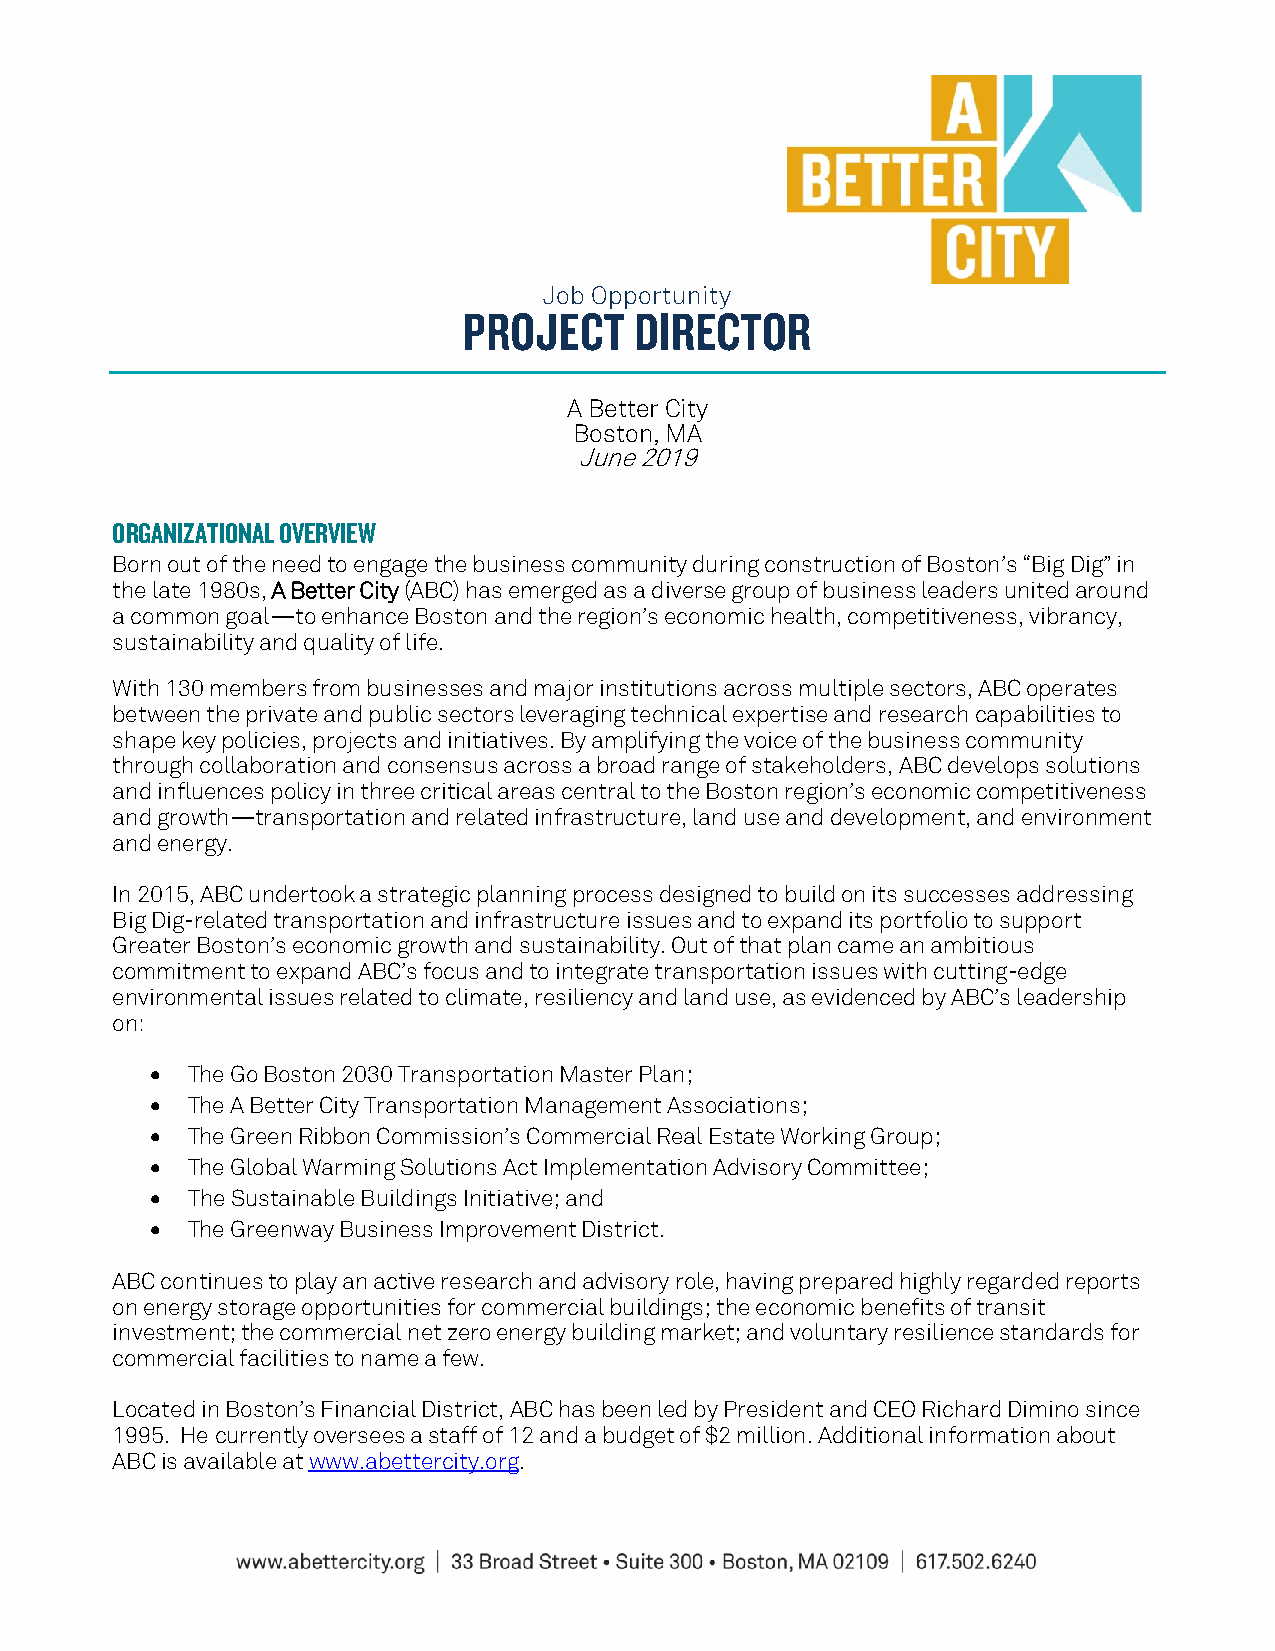
Job Opportunity
 PROJECT    DIRECTOR
 A Better City
 Boston, MA
 June 2019
 ORGANIZATIONAL OVERVIEW
 Born out of the need to engage the business community during construction of Boston’s “Big Dig” in
 the late 1980s, A Better City (ABC) has emerged as a diverse group of business leaders united around
 a common goal—to enhance Boston and the region’s economic health, competitiveness, vibrancy,
 sustainability and quality of life.
 With 130 members from businesses and major institutions across multiple sectors, ABC operates
 between the private and public sectors leveraging technical expertise and research capabilities to
 shape key policies, projects and initiatives. By amplifying the voice of the business community
 through collaboration and consensus across a broad range of stakeholders, ABC develops solutions
 and influences policy in three critical areas central to the Boston region’s economic competitiveness
 and growth—transportation and related infrastructure, land use and development, and environment
 and energy.
 In 2015, ABC undertook a strategic planning process designed to build on its successes addressing
 Big Dig-related transportation and infrastructure issues and to expand its portfolio to support
 Greater Boston’s economic growth and sustainability. Out of that plan came an ambitious
 commitment to expand ABC’s focus and to integrate transportation issues with cutting-edge
 environmental issues related to climate, resiliency and land use, as evidenced by ABC’s leadership
 on:
  The Go Boston 2030 Transportation Master Plan;
  The A Better City Transportation Management Associations;
  The Green Ribbon Commission’s Commercial Real Estate Working Group;
  The Global Warming Solutions Act Implementation Advisory Committee;
  The Sustainable Buildings Initiative; and
  The Greenway Business Improvement District.
 ABC continues to play an active research and advisory role, having prepared highly regarded reports
 on energy storage opportunities for commercial buildings; the economic benefits of transit
 investment; the commercial net zero energy building market; and voluntary resilience standards for
 commercial facilities to name a few.
 Located in Boston’s Financial District, ABC has been led by President and CEO Richard Dimino since
 1995. He currently oversees a staff of 12 and a budget of $2 million. Additional information about
 ABC is available at www.abettercity.org.